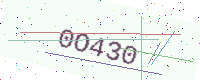
Text: 0O430